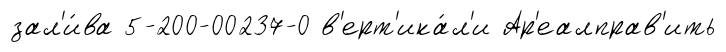
зал'и́ва 5-200-00237-0 в'ерт'ика́л'и Ар'еалправ'ить